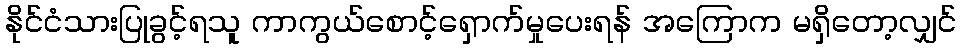
နိုင်ငံသားပြုခွင့်ရသူ ကာကွယ်စောင့်ရှောက်မှုပေးရန် အကြောက မရှိတော့လျှင်